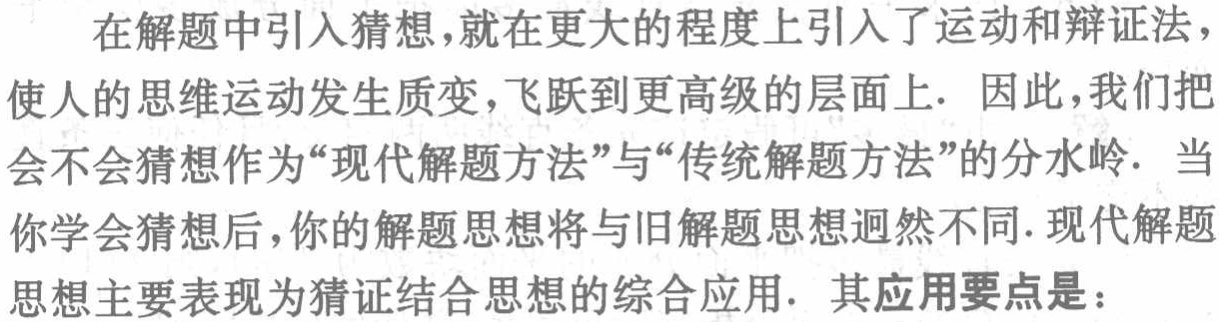
在解题中引入猜想，就在更大的程度上引入了运动和辩证法，
使人的思维运动发生质变，飞跃到更高级的层面上. 因此，我们把
会不会猜想作为“现代解题方法”与“传统解题方法”的分水岭. 当
你学会猜想后，你的解题思想将与旧解题思想迥然不同. 现代解题
思想主要表现为猜证结合思想的综合应用. 其应用要点是：